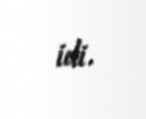
idi.